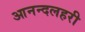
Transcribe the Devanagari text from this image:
आनन्दलहरी